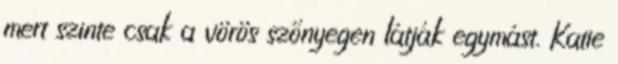
mert szinte csak a vörös szőnyegen látják egymást. Katie